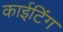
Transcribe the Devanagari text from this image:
काईटिंग